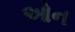
ઓન